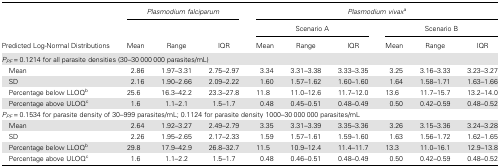
| <ROWSPAN=3> Predicted Log-Normal Distributions | <COLSPAN=3> Plasmodium falciparum | <COLSPAN=6> Plasmodium vivaxa |
 |  |  |  | <COLSPAN=3> Scenario A | <COLSPAN=3> Scenario B |
 | Mean | Range | IQR | Mean | Range | IQR | Mean | Range | IQR |
 | --- | --- | --- | --- | --- | --- | --- | --- | --- | --- |
 | <COLSPAN=10> PPF = 0.1214 for all parasite densities (30–30 000 000 parasites/mL) |
 | Mean | 2.86 | 1.97–3.31 | 2.75–2.97 | 3.34 | 3.31–3.38 | 3.33–3.35 | 3.25 | 3.16–3.33 | 3.23–3.27 |
 | SD | 2.16 | 1.90–2.66 | 2.09–2.22 | 1.60 | 1.57–1.62 | 1.60–1.60 | 1.64 | 1.58–1.71 | 1.63–1.66 |
 | Percentage below LLOQb | 25.6 | 16.3–42.2 | 23.3–27.8 | 11.8 | 11.0–12.6 | 11.7–12.0 | 13.6 | 11.7–15.7 | 13.2–14.0 |
 | Percentage above ULOQc | 1.6 | 1.1–2.1 | 1.5–1.7 | 0.48 | 0.45–0.51 | 0.48–0.49 | 0.50 | 0.42–0.59 | 0.48–0.52 |
 | <COLSPAN=10> PPF = 0.1534 for parasite density of 30–999 parasites/mL; 0.1124 for parasite density 1000–30 000 000 parasites/mL |
 | Mean | 2.64 | 1.92–3.27 | 2.49–2.79 | 3.35 | 3.31–3.39 | 3.35–3.36 | 3.26 | 3.15–3.36 | 3.24–3.28 |
 | SD | 2.26 | 1.95–2.65 | 2.17–2.33 | 1.59 | 1.57–1.61 | 1.59–1.60 | 1.63 | 1.56–1.72 | 1.62–1.65 |
 | Percentage below LLOQb | 29.8 | 17.9–42.9 | 26.8–32.7 | 11.5 | 10.9–12.4 | 11.4–11.7 | 13.3 | 11.0–16.1 | 12.9–13.8 |
 | Percentage above ULOQc | 1.6 | 1.1–2.2 | 1.5–1.7 | 0.48 | 0.46–0.51 | 0.48–0.49 | 0.50 | 0.42–0.59 | 0.48–0.52 |